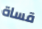
قساة